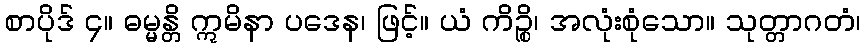
စာပိုဒ် ၄။ ဓမ္မန္တိ ဣမိနာ ပဒေန၊ ဖြင့်။ ယံ ကိဉ္စိ၊ အလုံးစုံသော။ သုတ္တာဂတံ၊